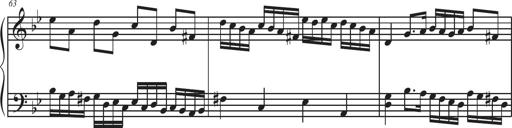
Title: Sonatina Espania
Composer: Jerald Franklin Archer
Key: Various